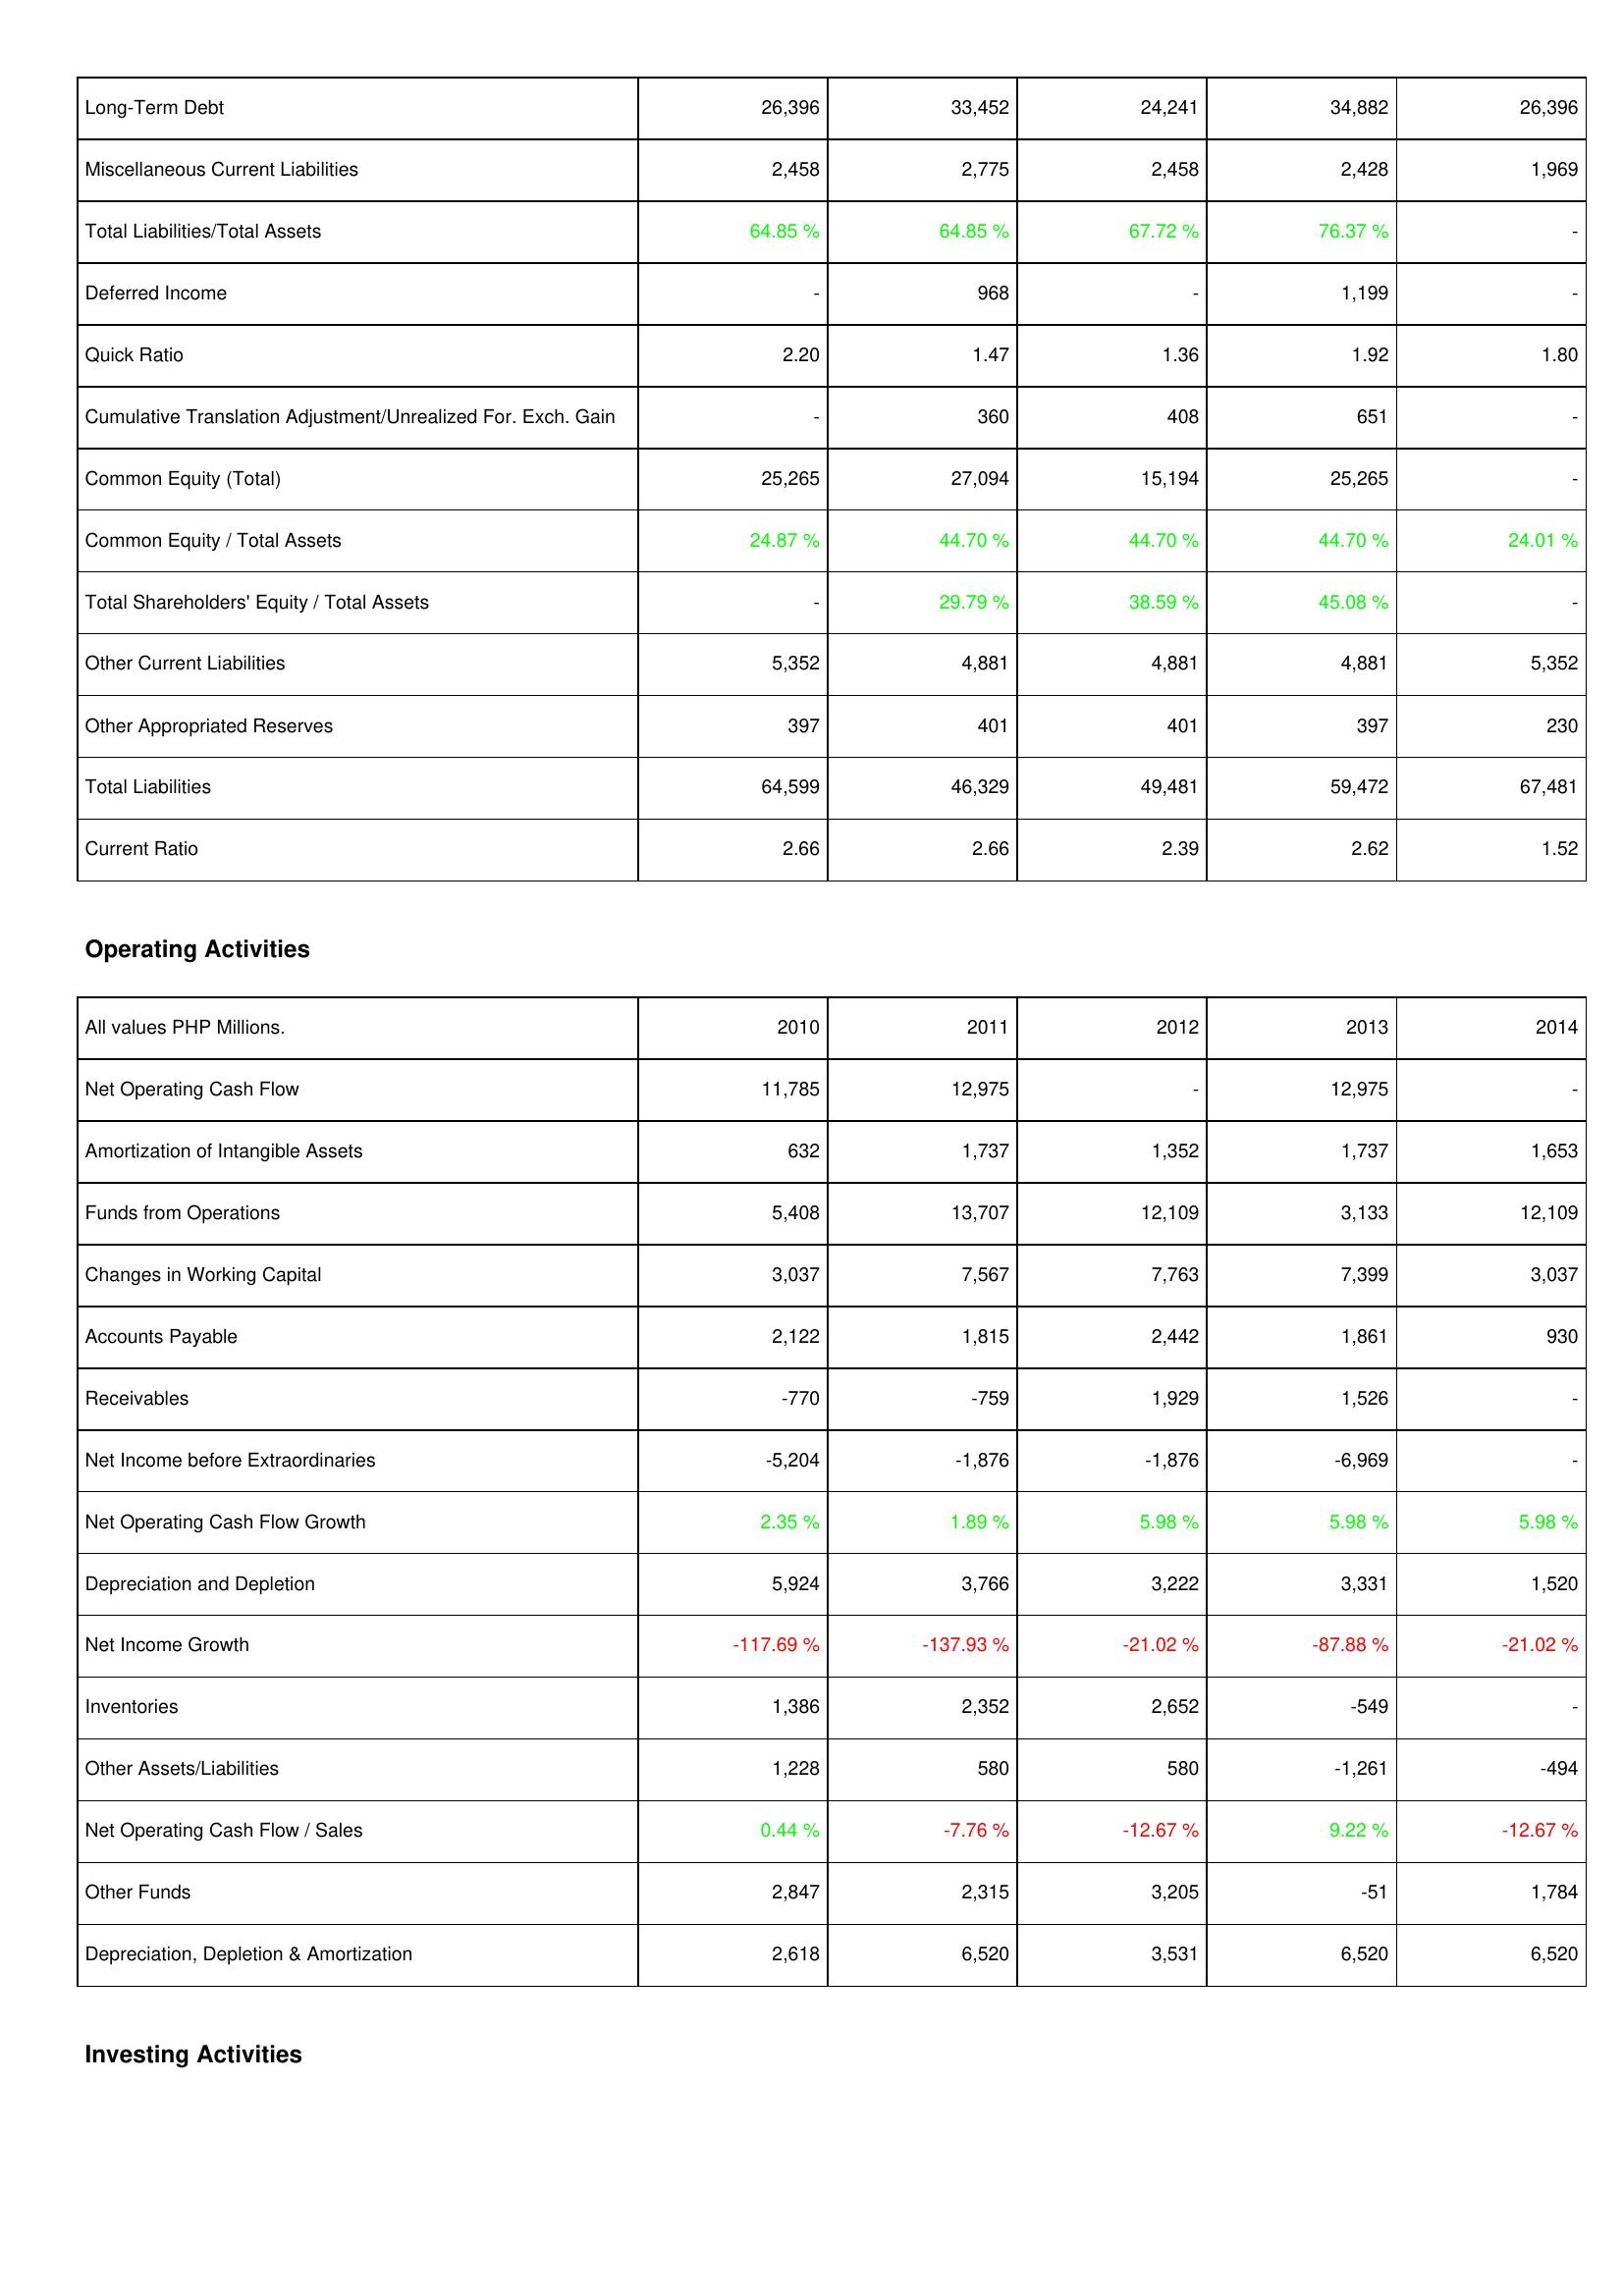
2010: Liabilities & Shareholders' Equity: Long-Term Debt: 26,396
Miscellaneous Current Liabilities: 2,458
Total Liabilities/Total Assets: 64.85 %
Deferred Income: -
Quick Ratio: 2.20
Cumulative Translation Adjustment/Unrealized For. Exch. Gain: -
Common Equity (Total): 25,265
Common Equity / Total Assets: 24.87 %
Total Shareholders' Equity / Total Assets: -
Other Current Liabilities: 5,352
Other Appropriated Reserves: 397
Total Liabilities: 64,599
Current Ratio: 2.66
Operating Activities: Net Operating Cash Flow: 11,785
Amortization of Intangible Assets: 632
Funds from Operations: 5,408
Changes in Working Capital: 3,037
Accounts Payable: 2,122
Receivables: -770
Net Income before Extraordinaries: -5,204
Net Operating Cash Flow Growth: 2.35 %
Depreciation and Depletion: 5,924
Net Income Growth: -117.69 %
Inventories: 1,386
Other Assets/Liabilities: 1,228
Net Operating Cash Flow / Sales: 0.44 %
Other Funds: 2,847
Depreciation, Depletion & Amortization: 2,618
2011: Liabilities & Shareholders' Equity: Long-Term Debt: 33,452
Miscellaneous Current Liabilities: 2,775
Total Liabilities/Total Assets: 64.85 %
Deferred Income: 968
Quick Ratio: 1.47
Cumulative Translation Adjustment/Unrealized For. Exch. Gain: 360
Common Equity (Total): 27,094
Common Equity / Total Assets: 44.70 %
Total Shareholders' Equity / Total Assets: 29.79 %
Other Current Liabilities: 4,881
Other Appropriated Reserves: 401
Total Liabilities: 46,329
Current Ratio: 2.66
Operating Activities: Net Operating Cash Flow: 12,975
Amortization of Intangible Assets: 1,737
Funds from Operations: 13,707
Changes in Working Capital: 7,567
Accounts Payable: 1,815
Receivables: -759
Net Income before Extraordinaries: -1,876
Net Operating Cash Flow Growth: 1.89 %
Depreciation and Depletion: 3,766
Net Income Growth: -137.93 %
Inventories: 2,352
Other Assets/Liabilities: 580
Net Operating Cash Flow / Sales: -7.76 %
Other Funds: 2,315
Depreciation, Depletion & Amortization: 6,520
2012: Liabilities & Shareholders' Equity: Long-Term Debt: 24,241
Miscellaneous Current Liabilities: 2,458
Total Liabilities/Total Assets: 67.72 %
Deferred Income: -
Quick Ratio: 1.36
Cumulative Translation Adjustment/Unrealized For. Exch. Gain: 408
Common Equity (Total): 15,194
Common Equity / Total Assets: 44.70 %
Total Shareholders' Equity / Total Assets: 38.59 %
Other Current Liabilities: 4,881
Other Appropriated Reserves: 401
Total Liabilities: 49,481
Current Ratio: 2.39
Operating Activities: Net Operating Cash Flow: -
Amortization of Intangible Assets: 1,352
Funds from Operations: 12,109
Changes in Working Capital: 7,763
Accounts Payable: 2,442
Receivables: 1,929
Net Income before Extraordinaries: -1,876
Net Operating Cash Flow Growth: 5.98 %
Depreciation and Depletion: 3,222
Net Income Growth: -21.02 %
Inventories: 2,652
Other Assets/Liabilities: 580
Net Operating Cash Flow / Sales: -12.67 %
Other Funds: 3,205
Depreciation, Depletion & Amortization: 3,531
2013: Liabilities & Shareholders' Equity: Long-Term Debt: 34,882
Miscellaneous Current Liabilities: 2,428
Total Liabilities/Total Assets: 76.37 %
Deferred Income: 1,199
Quick Ratio: 1.92
Cumulative Translation Adjustment/Unrealized For. Exch. Gain: 651
Common Equity (Total): 25,265
Common Equity / Total Assets: 44.70 %
Total Shareholders' Equity / Total Assets: 45.08 %
Other Current Liabilities: 4,881
Other Appropriated Reserves: 397
Total Liabilities: 59,472
Current Ratio: 2.62
Operating Activities: Net Operating Cash Flow: 12,975
Amortization of Intangible Assets: 1,737
Funds from Operations: 3,133
Changes in Working Capital: 7,399
Accounts Payable: 1,861
Receivables: 1,526
Net Income before Extraordinaries: -6,969
Net Operating Cash Flow Growth: 5.98 %
Depreciation and Depletion: 3,331
Net Income Growth: -87.88 %
Inventories: -549
Other Assets/Liabilities: -1,261
Net Operating Cash Flow / Sales: 9.22 %
Other Funds: -51
Depreciation, Depletion & Amortization: 6,520
2014: Liabilities & Shareholders' Equity: Long-Term Debt: 26,396
Miscellaneous Current Liabilities: 1,969
Total Liabilities/Total Assets: -
Deferred Income: -
Quick Ratio: 1.80
Cumulative Translation Adjustment/Unrealized For. Exch. Gain: -
Common Equity (Total): -
Common Equity / Total Assets: 24.01 %
Total Shareholders' Equity / Total Assets: -
Other Current Liabilities: 5,352
Other Appropriated Reserves: 230
Total Liabilities: 67,481
Current Ratio: 1.52
Operating Activities: Net Operating Cash Flow: -
Amortization of Intangible Assets: 1,653
Funds from Operations: 12,109
Changes in Working Capital: 3,037
Accounts Payable: 930
Receivables: -
Net Income before Extraordinaries: -
Net Operating Cash Flow Growth: 5.98 %
Depreciation and Depletion: 1,520
Net Income Growth: -21.02 %
Inventories: -
Other Assets/Liabilities: -494
Net Operating Cash Flow / Sales: -12.67 %
Other Funds: 1,784
Depreciation, Depletion & Amortization: 6,520